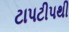
ટાપટીપથી